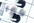
كيرا